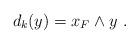
LaTeX: \begin{align*}d_k(y) = x_F \wedge y\ .\end{align*}